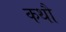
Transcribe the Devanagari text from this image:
कथौ